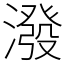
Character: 潑